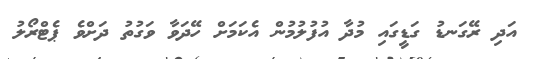
އަދި ރޭގަނޑު ގަޑީގައި މުދާ އުފުލުމުން އެކަމަށް ހޭދަވާ ވަގުތު ދަށްވެ ޕެޓްރޯލު